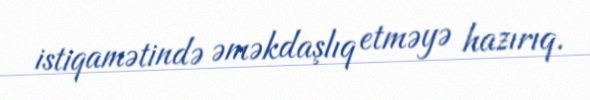
istiqamətində əməkdaşlıq etməyə hazırıq.